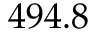
4 9 4 . 8